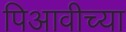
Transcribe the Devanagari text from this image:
पिआवीच्या